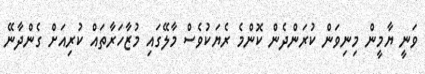
ވަނީ ޔާމީން މިނިވަން ކުރަންދެން ކޮންމެ ރެޔަކުވެސް މާލޭގައި މުޒާހަރާތައް ކުރިއަށް ގެންދާނޭ